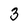
Character: 3